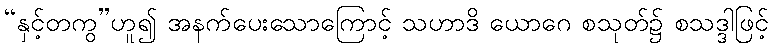
“နှင့်တကွ”ဟူ၍ အနက်ပေးသောကြောင့် သဟာဒိ ယောဂေ စသုတ်၌ စသဒ္ဒါဖြင့်